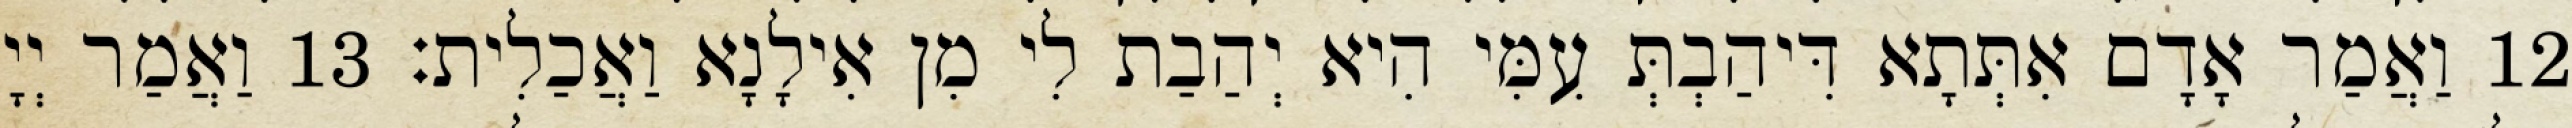
12 וַאֲמַר אָדָם אִתְּתָא דִּיהַבְתְּ עִמִּי הִיא יְהַבַת לִי מִן אִילָנָא וַאֲכַלִית׃ 13 וַאֲמַר יְיָ